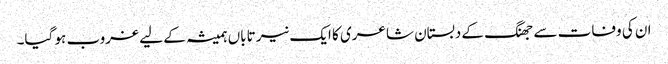
ان کی وفات سے جھنگ کے دبستان شاعری کا ایک نیر تاباں ہمیشہ کے لیے غروب ہو گیا۔